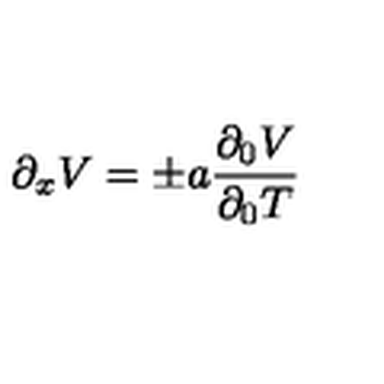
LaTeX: \partial _ { x } V = \pm a { \frac { \partial _ { 0 } V } { \partial _ { 0 } T } }